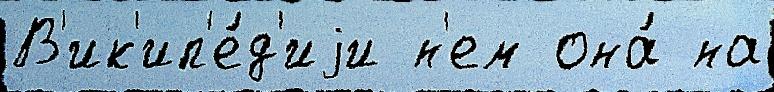
В'ик'ип'е́д'иjи н'ем она́ на